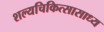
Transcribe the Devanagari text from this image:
शल्यचिकित्सासाध्य